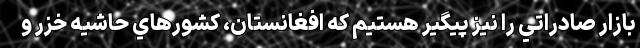
بازار صادراتي را نيز پیگیر هستیم که افغانستان، كشورهاي حاشيه خزر و